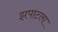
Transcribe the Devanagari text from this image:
झपाटला